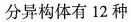
分异构体有12种